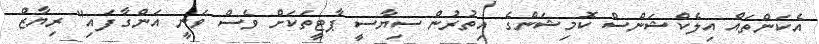
އެކަންތައް އިލެކްޝަންސް ކޮމިޝަންގެ އިތުރުން ސިޔާސީ ޕާޓީތަކަށް ވެސް ވަނީ އަންގާފައި" ރިޔާޒް